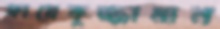
ফায়েকুজ্জামান